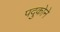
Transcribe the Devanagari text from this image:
पदुकोने